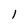
Character: 1